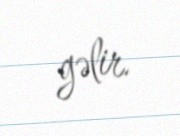
gəlir.